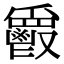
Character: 𩰥